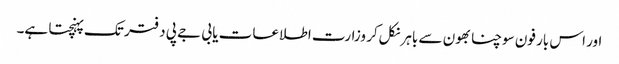
اور اس بار فون سوچنا بھون سے باہر نکل‌کر وزارت اطلاعات یا بی جے پی دفتر تک پہنچتا ہے۔